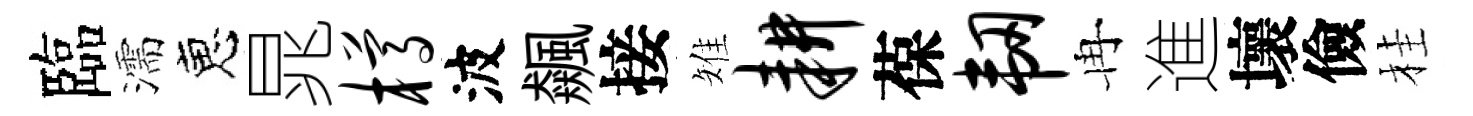
臨濡恵晁樽波飆接雉耕葆韧冉進壞儉桂